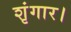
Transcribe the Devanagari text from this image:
शृंगार।